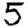
Digit: 5